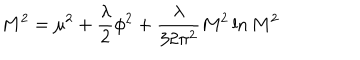
LaTeX: M ^ { 2 } = \mu ^ { 2 } + { \frac { \lambda } { 2 } } \phi ^ { 2 } + { \frac { \lambda } { 3 2 \pi ^ { 2 } } } M ^ { 2 } \ln { M ^ { 2 } }